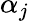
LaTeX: \alpha_{j}